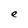
Character: e